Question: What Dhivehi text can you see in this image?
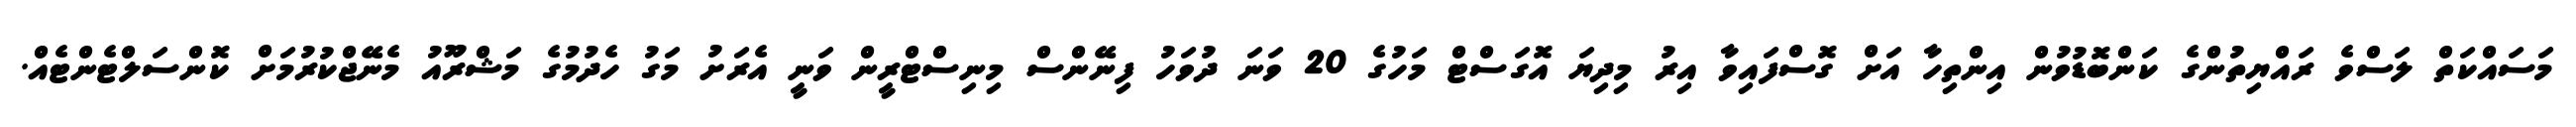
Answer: މަސައްކަތް ލަސްވެ ރައްޔިތުންގެ ކަންބޮޑުވުން އިންތިހާ އަށް ގޮސްފައިވާ އިރު މިދިޔަ އޮގަސްޓް މަހުގެ 20 ވަނަ ދުވަހު ފިނޭންސް މިނިސްޓްރީން ވަނީ އެރަށު މަގު ހެދުމުގެ މަޝްރޫއު މެނޭޖްކުރުމަށް ކޮންސަލްޓެންޓެއް.